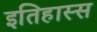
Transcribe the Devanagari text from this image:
इतिहास्स